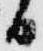
日